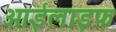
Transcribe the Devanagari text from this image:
आईलाइफ